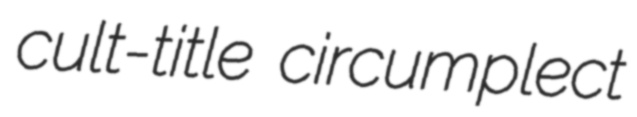
cult-title circumplect